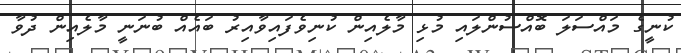
ކުނީގެ މައްސަލަ ބޮއްސުންލައި މުޅި މާލެއިން ކުނިވެފައިވާއިރު ބައެއް ބުނަނީ މާލެއިން ދުވާ